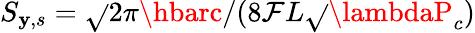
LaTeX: S_{\mathbf{y},s}=\sqrt{}{{2\pi\hbarc}}/(8\mathcal{{F}}L\sqrt{}{{\lambdaP_{c}}})